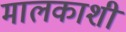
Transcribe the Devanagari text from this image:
मालकाशी